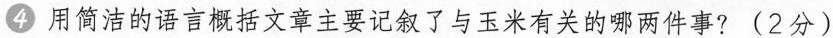
4 用简洁的语言概括文章主要记叙了与玉米有关的哪两件事? (2分)